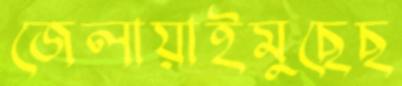
জেলায়াইমুছেছ